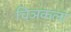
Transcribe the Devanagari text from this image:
चिञकला